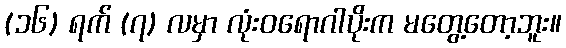
(၁၆) ရက် (၇) လမှာ လုံးဝရောဂါပိုးက မတွေ့တော့ဘူး။